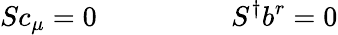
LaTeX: Sc_{\mu}=0~~~~~~~~~~~~~~~~~~~S^{\dagger}b^{r}=0